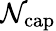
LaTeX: \mathcal{N}_{\mathrm{{cap}}}